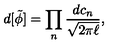
d [ \tilde { \phi } ] = \prod _ { n } \frac { d c _ { n } } { \sqrt { 2 \pi \ell } } , \nonumber